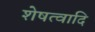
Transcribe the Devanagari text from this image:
शेषत्वादि